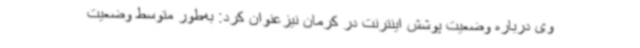
وی درباره وضعیت پوشش اینترنت در کرمان نیزعنوان کرد: به‌طور متوسط وضعیت